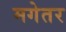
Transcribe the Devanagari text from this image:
मगेतर